Lunatic asylums Central Provinces reports 1874-1885 - 1874-1885
Year: 1874
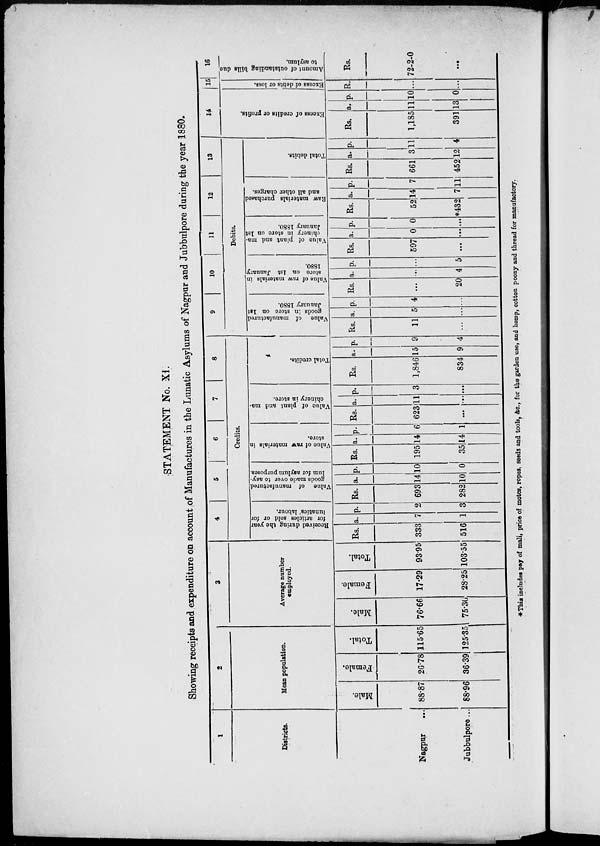
STATEMENT No. XI.
Showing receipts and expenditure on account of Manufactures in the Lunatic Asylums of Nagpur and Jubbulpore during the year 1880.
1
Districts.
Nagpur ...
Jubbulpore ...
2
Mean population.
Male.
88.87
88.96
Female.
26.78
36.39
Total.
115.65
125.35
3
Average number
employed.
Male.
76.66
75.36
Female.
17.29
28.25
Total.
93.95
103.55
4
5
6
7
8
Credits.
Received during the year
for articles sold or for
lunatics' labour.
Rs.
333
516
a.
7
1
p.
2
3
Value of manufactured
goods made over to asy-
lum for asylum purposes.
Rs.
693
282
a.
14
10
p.
10
0
Value of raw materials in
store.
Rs.
195
35
a.
14
14
p.
6
1
Value of plant and ma-
chinery in store.
Rs.
623
...
a.
11
...
p.
3
...
Total credits.
Rs.
1,846
834
a.
15
9
p.
9
4
9
10
11
12
13
Debits.
Value of manufactured
goods in store on 1st
January 1880.
Rs.
11
...
a.
5
...
p.
4
...
Value of raw materials in
store on 1st January
1880.
Rs.
...
20
a.
...
4
p.
...
5
Value of plant and ma-
chinery in store on 1st
January 1880.
Rs.
597
...
a.
0
...
p.
0
...
Raw materials purchased
and all other charges.
Rs.
52
*432
a.
14
7
p.
7
11
Total debits.
Rs.
661
452
a.
3
12
p.
11
4
14
Excess of credits or profits.
Rs.
1,185
391
a.
11
13
p.
10
0
15
Excess of debts or loss.
R.
...
...
16
Amount of outstanding bills due
to asylum.
Rs.
72-2-0
...
* This includes pay of mali, price of motes, ropes, seeds and tools, &c., for the garden use, and hemp, cotton poony and thread for manufactory.